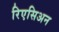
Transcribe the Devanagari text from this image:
रिएसिअन